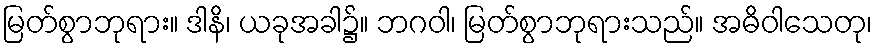
မြတ်စွာဘုရား။ ဒါနိ၊ ယခုအခါ၌။ ဘဂဝါ၊ မြတ်စွာဘုရားသည်။ အဓိဝါသေတု၊